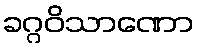
ခဂ္ဂဝိသာဏော